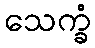
သေက္ခံ